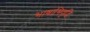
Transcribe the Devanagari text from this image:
भाषाभिवृद्धि